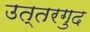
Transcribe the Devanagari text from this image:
उत्तरगुद